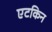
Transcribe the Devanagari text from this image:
एटकिन